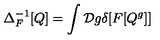
\Delta _ { F } ^ { - 1 } [ Q ] = \int { \cal D } g \delta [ F [ Q ^ { g } ] ]